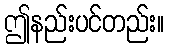
ဤနည်းပင်တည်း။